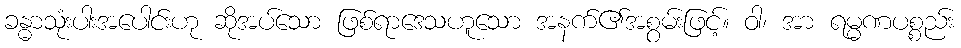
ခန္ဓာသုံးပါးအပေါင်းဟု ဆိုအပ်သော ဖြစ်ရာဒေသဟူသော အနက်၏အစွမ်းဖြင့်။ ဝါ၊ အာ ရမ္မဏပစ္စည်း